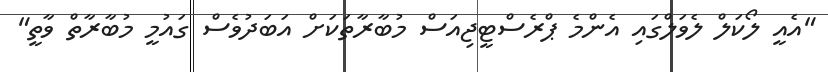
"އެއީ ލޯކަލް ލެވަލްގައި އެންމެ ޕްރެސްޓީޖިއަސް މުބާރާތަކަށް އަބަދުވެސް ގައުމީ މުބާރާތް ވާތީ"